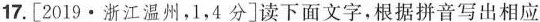
17.[2019﹒浙江温州，1，4分]读下面文字，根据拼音写出相应